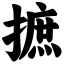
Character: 摭